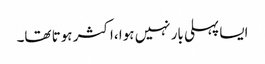
ایسا پہلی بار نہیں ہوا ،اکثر ہوتا تھا۔